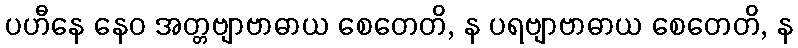
ပဟီနေ နေဝ အတ္တဗျာဗာဓာယ စေတေတိ, န ပရဗျာဗာဓာယ စေတေတိ, န